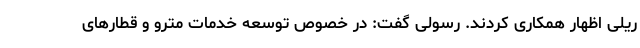
ریلی اظهار همکاری کردند. رسولی گفت: در خصوص توسعه خدمات مترو و قطارهای